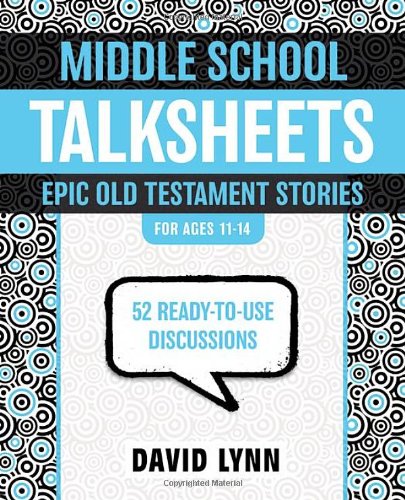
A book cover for Middle School TalkSheets, Epic Old Testament Stories: 52 Ready-to-Use Discussions; David Lynn; Christian Books & Bibles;